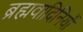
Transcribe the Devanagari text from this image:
ब्रह्मवादिनियों